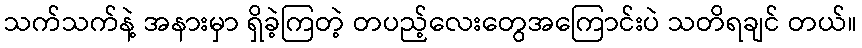
သက်သက်နဲ့ အနားမှာ ရှိခဲ့ကြတဲ့ တပည့်လေးတွေအကြောင်းပဲ သတိရချင် တယ်။